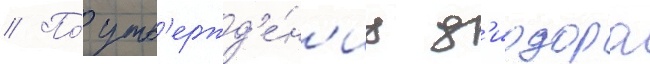
// По́ утв'ержд'е́н'иу д'иодора